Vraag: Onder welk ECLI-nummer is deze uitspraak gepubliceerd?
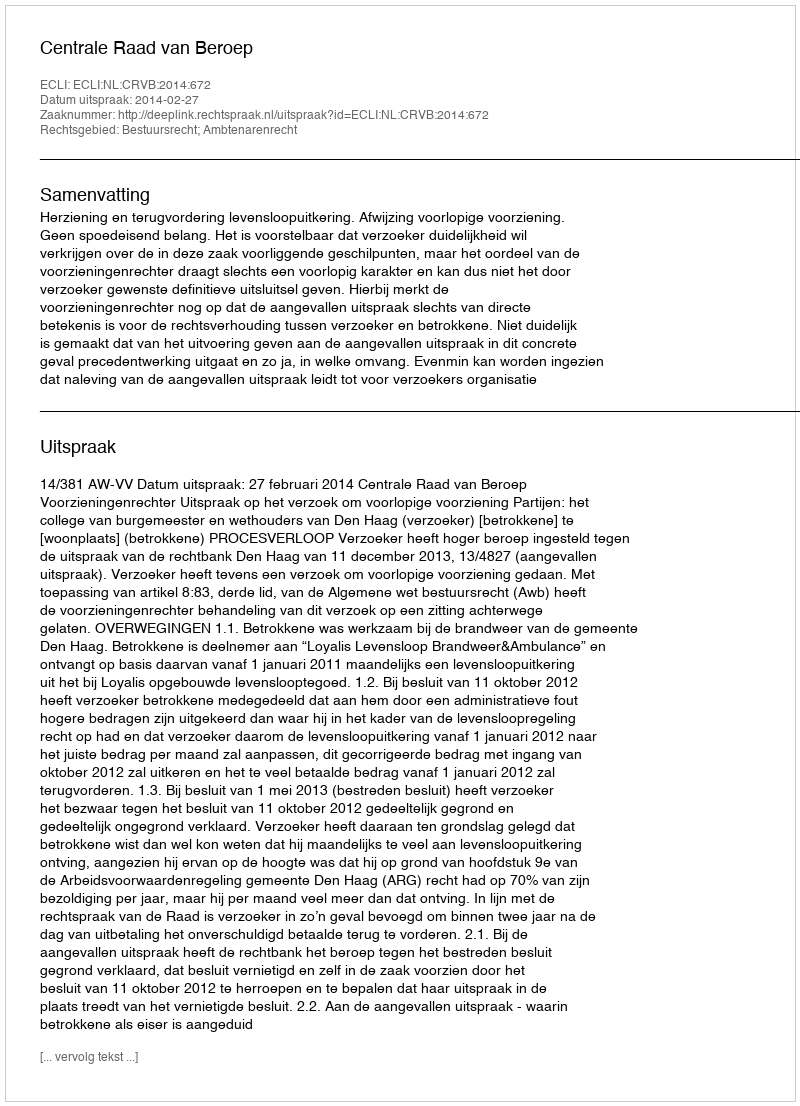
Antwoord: ECLI:NL:CRVB:2014:672